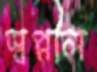
স্বপ্নীল